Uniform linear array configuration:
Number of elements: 48
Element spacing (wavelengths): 1
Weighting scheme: kaiser
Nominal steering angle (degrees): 15
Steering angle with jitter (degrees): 15.589
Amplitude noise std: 0.05
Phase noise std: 0.05

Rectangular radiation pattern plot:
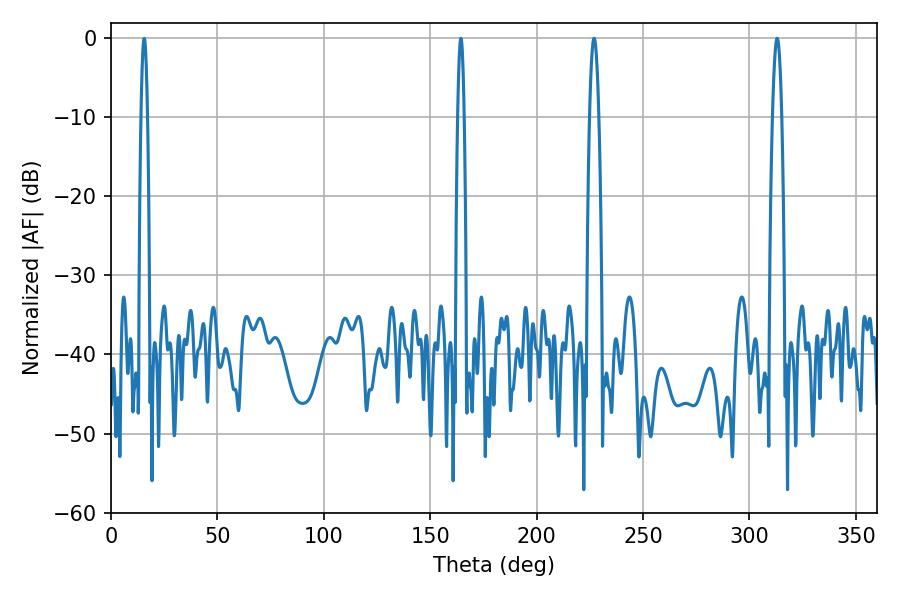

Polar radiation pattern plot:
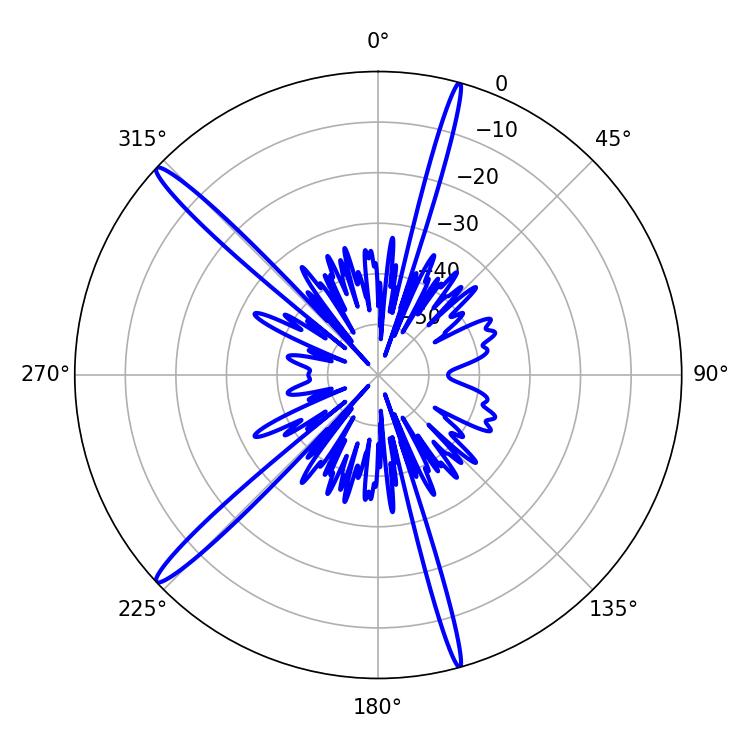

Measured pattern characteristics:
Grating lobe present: TRUE
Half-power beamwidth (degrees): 2.34
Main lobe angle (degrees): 313.02